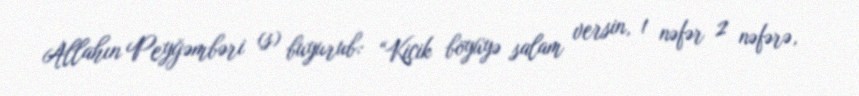
Allahın Peyğəmbəri (s) buyurub: “Kiçik böyüyə salam versin, 1 nəfər 2 nəfərə,